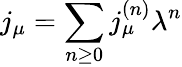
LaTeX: j_{\mu}=\sum_{n\ge 0}j_{\mu}^{(n)}\lambda^{n}